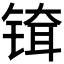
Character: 𬭞